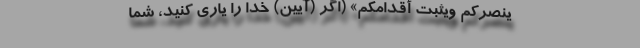
یَنصُرکُم وَیُثَبِّت أَقدامَکُم» (اگر (آیین) خدا را یاری کنید، شما